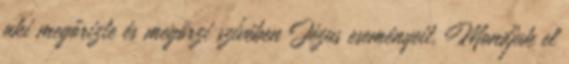
aki megőrizte és megőrzi szívében Jézus eseményeit. Mondjuk el